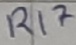
Text: R17